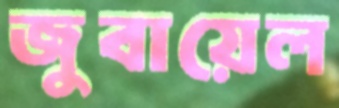
জুবায়েল